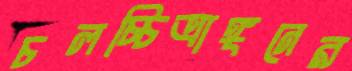
চলচ্চিত্রাঙ্গনের